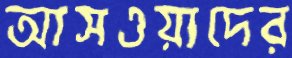
আসওয়াদের